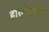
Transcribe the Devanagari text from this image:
हार्लेक्वींस